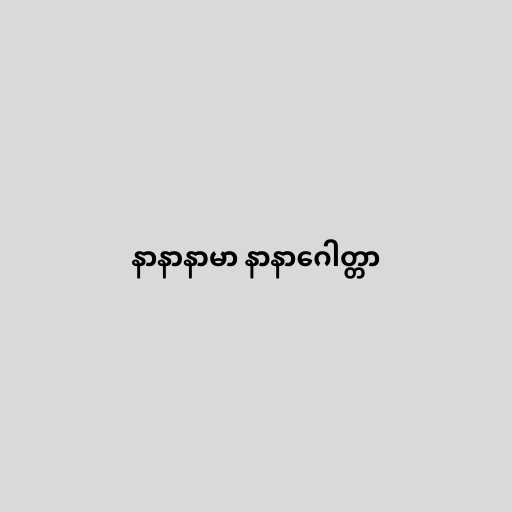
နာနာနာမာ နာနာဂေါတ္တာ